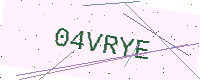
Text: 04VRYE